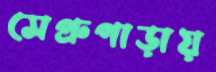
সেপ্রুপাড়ায়